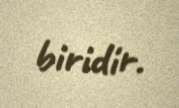
biridir.